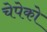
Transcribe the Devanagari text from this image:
चेपेको